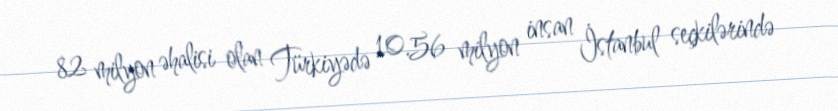
82 milyon əhalisi olan Türkiyədə 10.56 milyon insan İstanbul seçkilərində